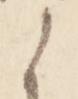
之